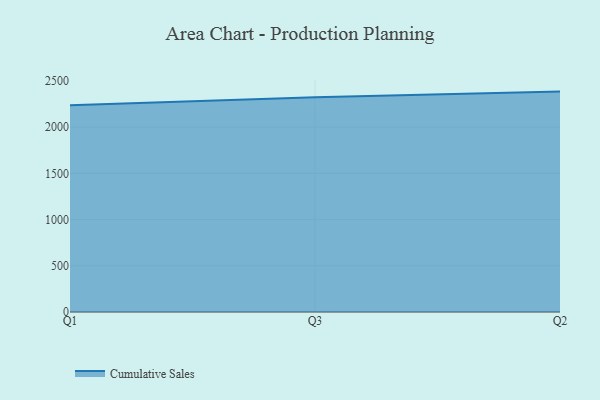
{"axis": {"x": "Quarter", "y": "Backlog"}, "legend": ["Cumulative Sales"], "data": [{"x": "Q1", "y": 2237.7, "type": "Cumulative Sales"}, {"x": "Q3", "y": 2323.4, "type": "Cumulative Sales"}, {"x": "Q2", "y": 2384.4, "type": "Cumulative Sales"}]}